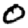
Digit: 0